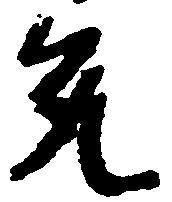
允